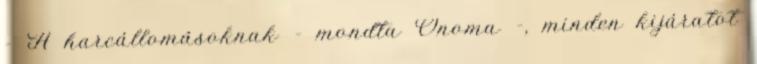
- A harcállomásoknak – mondta Onoma -, minden kijáratot